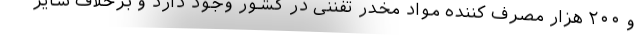
و ۲۰۰ هزار مصرف کننده مواد مخدر تفننی در کشور وجود دارد و برخلاف سایر